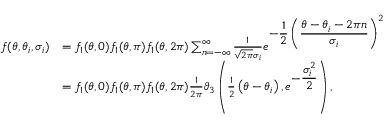
\begin{array} { r l } { f ( \theta , \theta _ { i } , \sigma _ { i } ) } & { = f _ { 1 } ( \theta , 0 ) f _ { 1 } ( \theta , \pi ) f _ { 1 } ( \theta , 2 \pi ) \sum _ { n = - \infty } ^ { \infty } \frac { 1 } { \sqrt { 2 \pi } \sigma _ { i } } e ^ { \displaystyle - \frac { 1 } { 2 } \left( \frac { \theta - \theta _ { i } - 2 \pi n } { \sigma _ { i } } \right) ^ { 2 } } } \\ & { = f _ { 1 } ( \theta , 0 ) f _ { 1 } ( \theta , \pi ) f _ { 1 } ( \theta , 2 \pi ) \frac { 1 } { 2 \pi } \vartheta _ { 3 } \left( \frac { 1 } { 2 } \left( \theta - \theta _ { i } \right) , e ^ { \displaystyle - \frac { \sigma _ { i } ^ { 2 } } { 2 } } \right) , } \end{array}